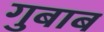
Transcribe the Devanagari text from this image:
गुबाब